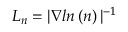
L _ { n } = | \nabla l n \left( n \right) | ^ { - 1 }